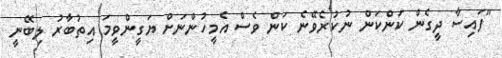
"ފައިސާ ދީގެން ކަންކަން ނުކުރެވޭނެ ކަން ވެސް އެމީހުންނަށް ޔަގީންވީމަ އިތުބާރު ލިބޭނީ